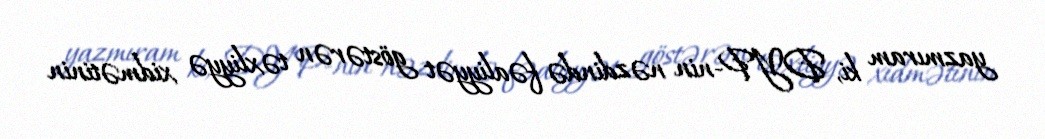
yazmıram ki, DYP-nin nəzdində fəaliyyət göstərən təxliyyə xidmətinin